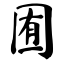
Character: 囿